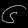
Digit: ၆